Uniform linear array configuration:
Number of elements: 64
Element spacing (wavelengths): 0.5
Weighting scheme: cosine
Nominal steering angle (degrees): -30
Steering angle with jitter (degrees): -31.093
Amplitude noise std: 0.05
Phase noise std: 0.05

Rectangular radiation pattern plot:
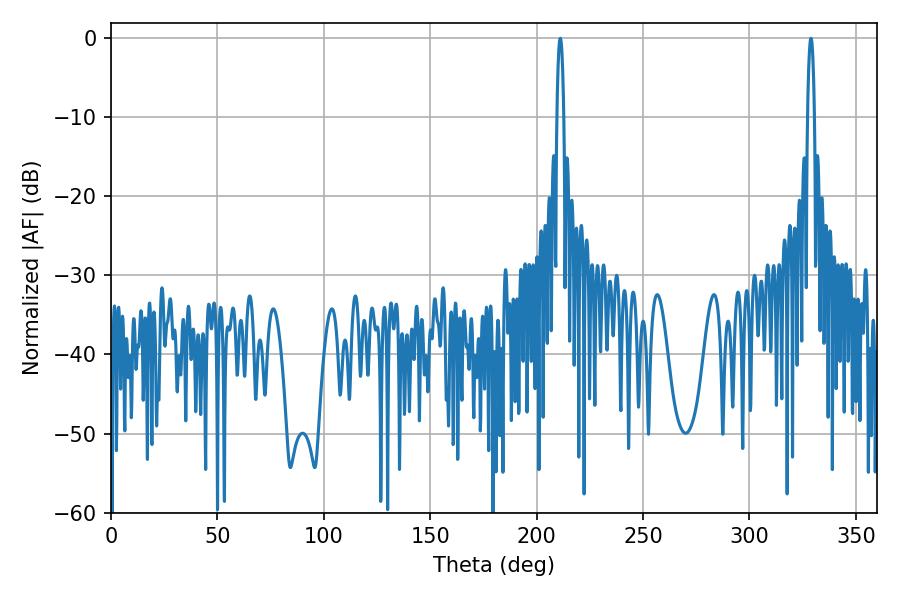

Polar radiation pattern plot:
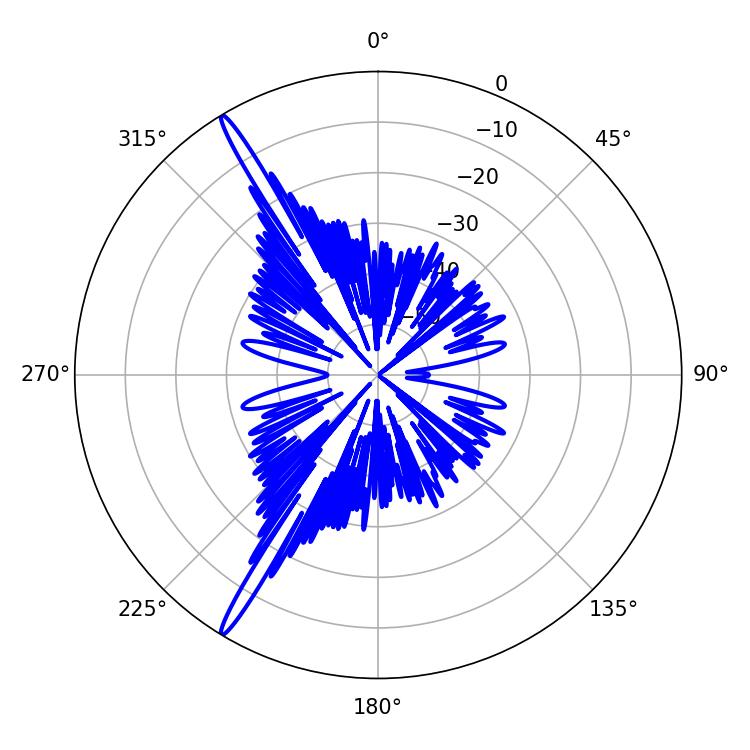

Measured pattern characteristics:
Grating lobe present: FALSE
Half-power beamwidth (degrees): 1.8
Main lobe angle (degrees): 328.86